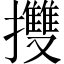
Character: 㩳